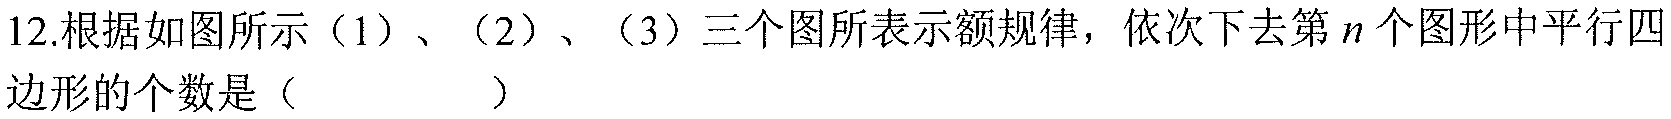
12.根据如图所示（1）、（2）、（3）三个图所表示额规律，依次下去第\(n\)个图形中平行四边形的个数是（  ）